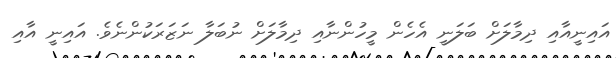
އައިނީއާއި ދިމާލަށް ބަލަނީ އެހެން މީހުންނާއި ދިމާލަށް ނުބަލާ ނަޒަރަކުންނެވެ. އައިނީ އާއި